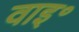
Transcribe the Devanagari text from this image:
वाइ॰